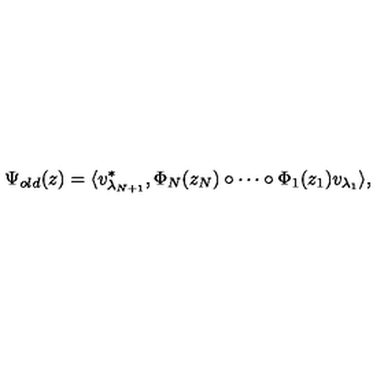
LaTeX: \Psi _ { o l d } ( z ) = \langle v _ { \lambda _ { N + 1 } } ^ { \ast } , \Phi _ { N } ( z _ { N } ) \circ \cdots \circ \Phi _ { 1 } ( z _ { 1 } ) v _ { \lambda _ { 1 } } \rangle ,